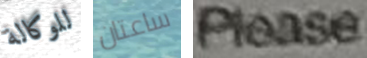
للوكالة ساعتان please